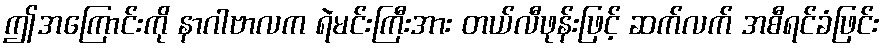
ဤအကြောင်းကို နာဂါဗာလက ရဲမင်းကြီးအား တယ်လီဖုန်းဖြင့် ဆက်လက် အစီရင်ခံဖြင်း